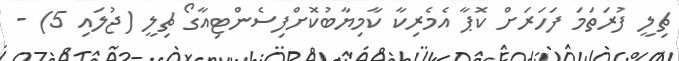
ޗިލީ ފުރަތަމަ ފަހަރަށް ކޮޕާ އެމެރިކާ ކާމިޔާބުކޮށްފިސެންޓިއާގޯ ޗިލީ (ޖުލައި 5) -